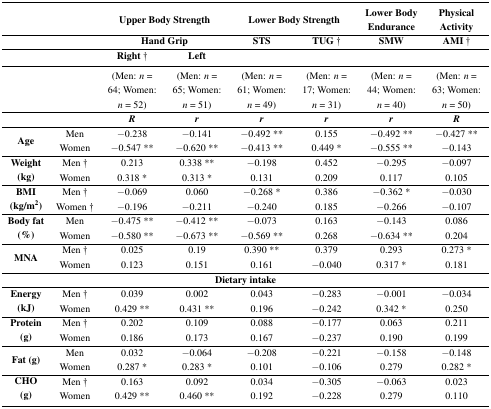
<table><thead><tr><td></td><td></td><td colspan="2"><b>Upper Body Strength</b></td><td colspan="2"><b>Lower Body Strength</b></td><td><b>Lower Body Endurance </b></td><td><b>Physical Activity</b></td></tr><tr><td></td><td></td><td colspan="2"><b>Hand Grip</b></td><td><b>STS</b></td><td><b>TUG †</b></td><td><b>SMW</b></td><td><b>AMI †</b></td></tr><tr><td></td><td></td><td><b>Right †</b></td><td><b>Left</b></td><td colspan="2"></td><td colspan="2"></td></tr></thead><tbody><tr><td></td><td></td><td>(Men: <i>n</i> = 64; Women: <i>n</i> = 52)</td><td>(Men: <i>n</i> = 65; Women: <i>n</i> = 51)</td><td>(Men: <i>n</i> = 61; Women: <i>n</i> = 49)</td><td>(Men: <i>n</i> = 17; Women: <i>n</i> = 31)</td><td>(Men: <i>n</i> = 44; Women: <i>n</i> = 40)</td><td>(Men: <i>n</i> = 63; Women: <i>n</i> = 50)</td></tr><tr><td></td><td></td><td><b><i>R</i></b></td><td><b><i>r</i></b></td><td><b><i>r</i></b></td><td><b><i>r</i></b></td><td><b><i>r</i></b></td><td><b><i>R</i></b></td></tr><tr><td rowspan="2"><b>Age</b></td><td>Men</td><td>−0.238</td><td>−0.141</td><td>−0.492 **</td><td>0.155</td><td>−0.492 **</td><td>−0.427 **</td></tr><tr><td>Women</td><td>−0.547 **</td><td>−0.620 **</td><td>−0.413 **</td><td>0.449 *</td><td>−0.555 **</td><td>−0.143</td></tr><tr><td rowspan="2"><b>Weight (kg)</b></td><td>Men †</td><td>0.213</td><td>0.338 **</td><td>−0.198</td><td>0.452</td><td>−0.295</td><td>−0.097</td></tr><tr><td>Women</td><td>0.318 *</td><td>0.313 *</td><td>0.131</td><td>0.209</td><td>0.117</td><td>0.105</td></tr><tr><td rowspan="2"><b>BMI (kg/m<sup>2</sup>)</b></td><td>Men †</td><td>−0.069</td><td>0.060</td><td>−0.268 *</td><td>0.386</td><td>−0.362 *</td><td>−0.030</td></tr><tr><td>Women †</td><td>−0.196</td><td>−0.211</td><td>−0.240</td><td>0.185</td><td>−0.266</td><td>−0.107</td></tr><tr><td rowspan="2"><b>Body fat (%)</b></td><td>Men</td><td>−0.475 **</td><td>−0.412 **</td><td>−0.073</td><td>0.163</td><td>−0.143</td><td>0.086</td></tr><tr><td>Women</td><td>−0.580 **</td><td>−0.673 **</td><td>−0.569 **</td><td>0.268</td><td>−0.634 **</td><td>0.204</td></tr><tr><td rowspan="2"><b>MNA</b></td><td>Men †</td><td>0.025</td><td>0.19</td><td>0.390 **</td><td>0.379</td><td>0.293</td><td>0.273 *</td></tr><tr><td>Women</td><td>0.123</td><td>0.151</td><td>0.161</td><td>−0.040</td><td>0.317 *</td><td>0.181</td></tr><tr><td colspan="8"><b>Dietary intake</b></td></tr><tr><td rowspan="2"><b>Energy (kJ)</b></td><td>Men †</td><td>0.039</td><td>0.002</td><td>0.043</td><td>−0.283</td><td>−0.001</td><td>−0.034</td></tr><tr><td>Women</td><td>0.429 **</td><td>0.431 **</td><td>0.196</td><td>−0.242</td><td>0.342 *</td><td>0.250</td></tr><tr><td rowspan="2"><b>Protein (g)</b></td><td>Men †</td><td>0.202</td><td>0.109</td><td>0.088</td><td>−0.177</td><td>0.063</td><td>0.211</td></tr><tr><td>Women</td><td>0.186</td><td>0.173</td><td>0.167</td><td>−0.237</td><td>0.190</td><td>0.199</td></tr><tr><td rowspan="2"><b>Fat (g)</b></td><td>Men</td><td>0.032</td><td>−0.064</td><td>−0.208</td><td>−0.221</td><td>−0.158</td><td>−0.148</td></tr><tr><td>Women</td><td>0.287 *</td><td>0.283 *</td><td>0.101</td><td>−0.106</td><td>0.279</td><td>0.282 *</td></tr><tr><td rowspan="2"><b>CHO (g)</b></td><td>Men †</td><td>0.163</td><td>0.092</td><td>0.034</td><td>−0.305</td><td>−0.063</td><td>0.023</td></tr><tr><td>Women</td><td>0.429 **</td><td>0.460 **</td><td>0.192</td><td>−0.228</td><td>0.279</td><td>0.110</td></tr></tbody></table>